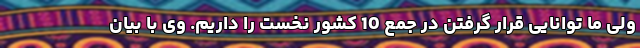
ولی ما توانایی قرار گرفتن در جمع 10 کشور نخست را داریم. وی با بیان